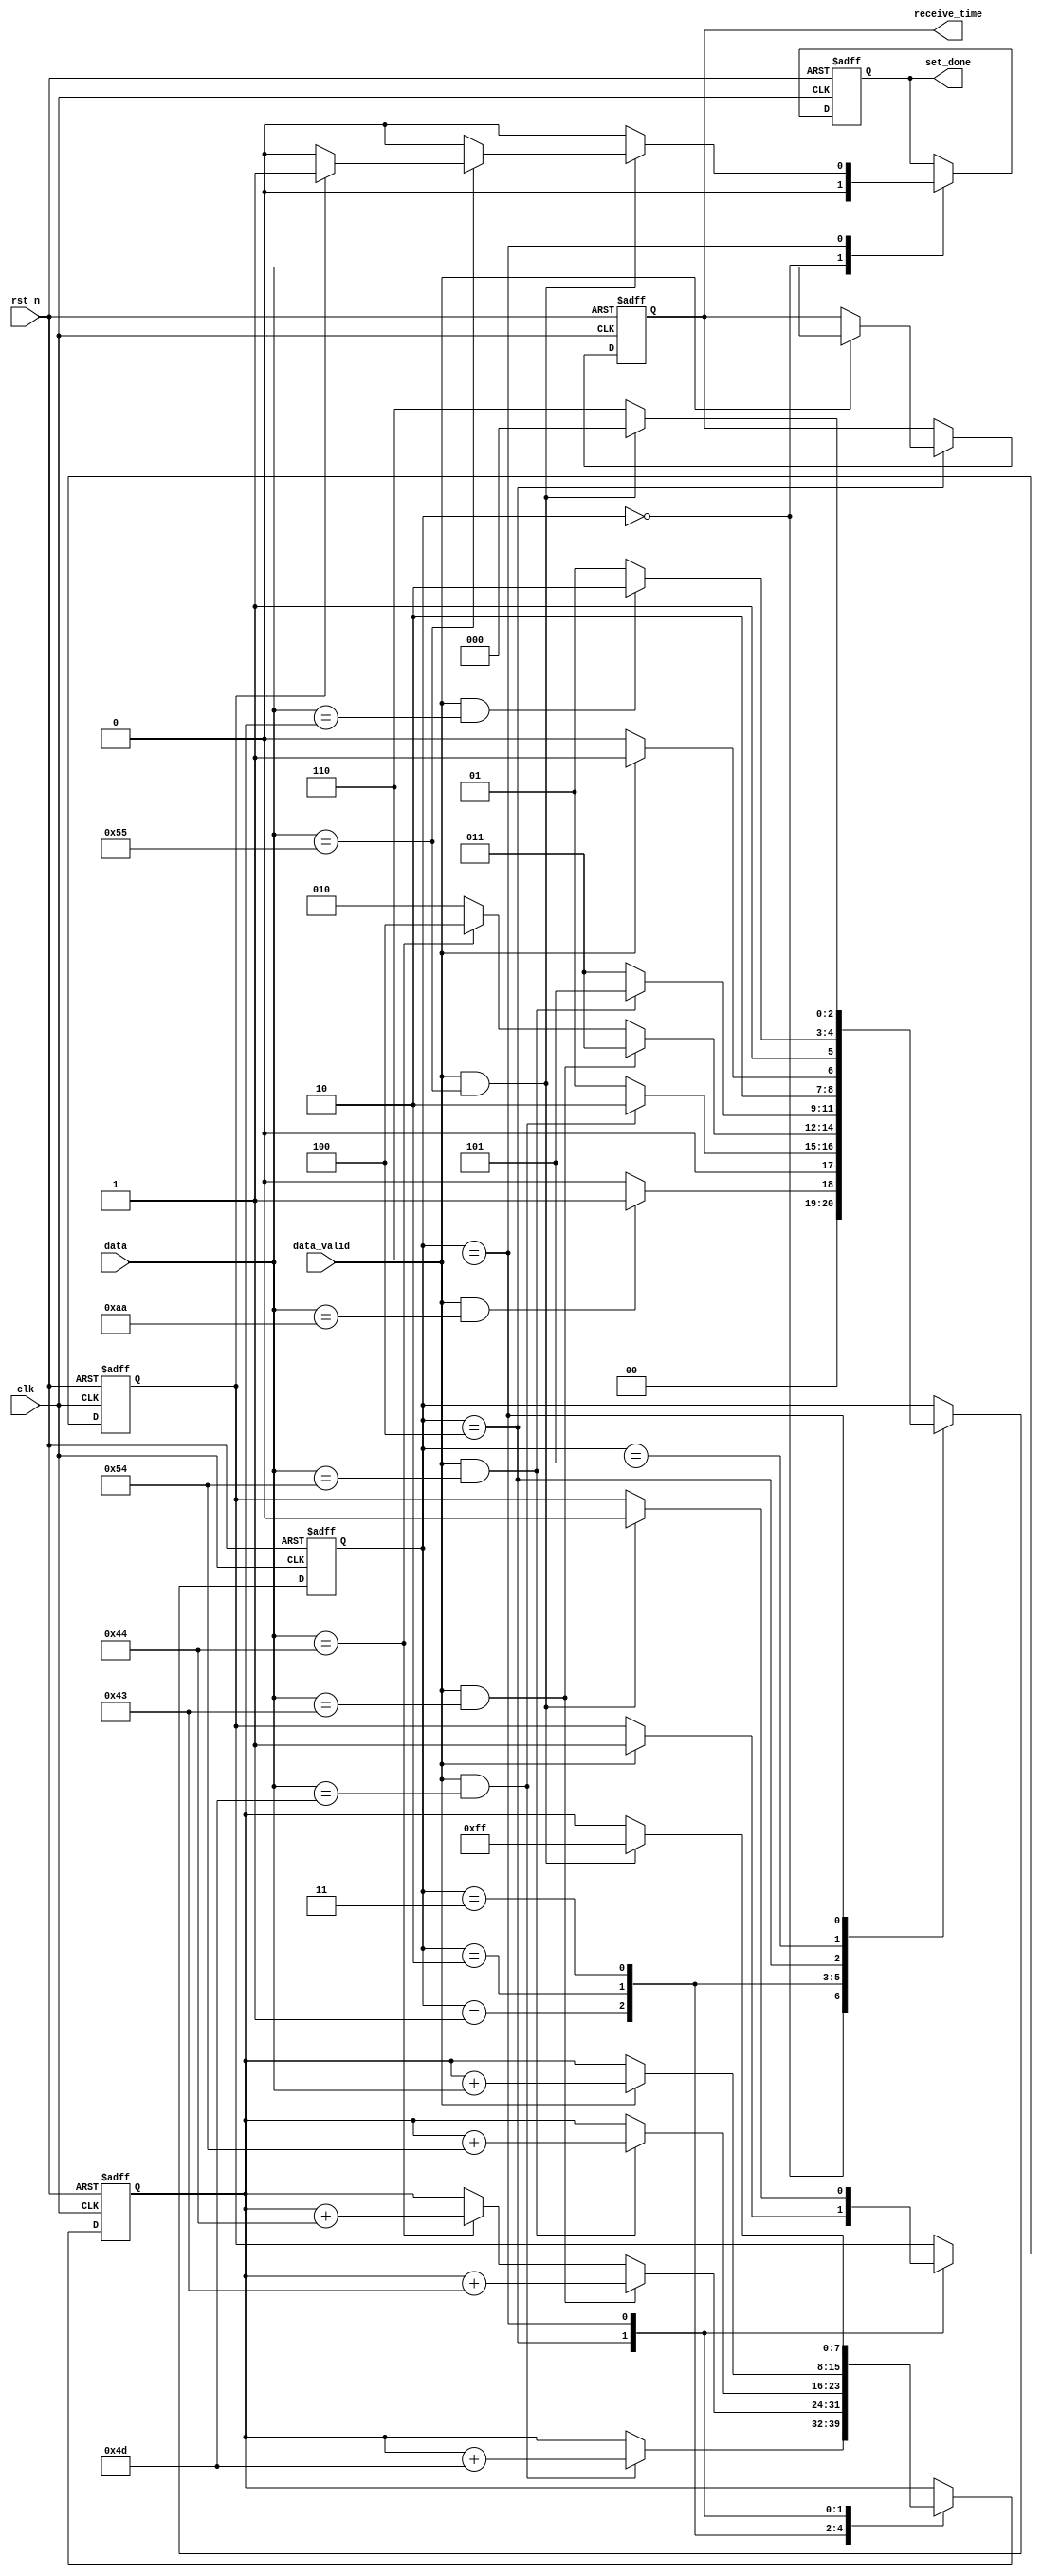
module decoder(
	
	input 	wire 						clk,
	input 	wire 						rst_n,
	input 	wire 						data_valid,
	input 	wire 		[7:0]			data,
	
	output 	reg 		[7:0]			receive_time,			//
	output 	reg 						set_done				//
);
	
	parameter 	START	=	8'b1010_1010;
	parameter 	M		=	8'd77;
	parameter 	C		= 	8'd67;
	parameter 	D		= 	8'd68;
	parameter 	T		= 	8'd84;
	parameter 	STOP	= 	8'b0101_0101;
	
	reg 		[2:0]		state;
	reg 		[7:0]		sum;
	reg 					flag;
	
	always @ (posedge clk, negedge rst_n)
	begin
		if(rst_n == 1'b0)
			begin
				state <= 3'd0;
				sum <= START + STOP;
				set_done <= 1'b0;
				receive_time <= 8'd0;
				flag <= 1'b0;
			end
		else
			case(state)
				3'd0	:	begin
								set_done <= 1'b0;
								if(data_valid && (data == START))
									state <= 3'd1;
								else
									state <= 3'd0;
							end
				3'd1	:	begin
								if(data_valid && (data == M))
									begin
										state <= 3'd2;
										sum <= sum + M;
									end
								else
									begin
										state <= 3'd1;
										sum <= sum;
									end
							end
				3'd2	:	begin
								if(data_valid && (data == C))
									begin
										state <= 3'd3;
										sum <= sum + C;
									end
								else if(data == D)
									begin
										state <= 3'd4;
										sum <= sum + D;
									end	
								else
									begin
										state <= 3'd2;
										sum <= sum;
									end
							end
				3'd3	:	begin
								if(data_valid && (data == T))
									begin
										state <= 3'd5;
										sum <= sum + T;
									end
								else
									begin
										state <= 3'd3;
										sum <= sum;
									end
							end
				3'd4	:	begin
								if(data_valid)	
									begin
										state <= 3'd5;
										sum <= sum + data;
										receive_time <= data;
										flag <= 1'b1;
									end
								else
									begin
										state <= 3'd4;
										sum <= sum;
										receive_time <= receive_time;
										flag <= flag;
									end
							end
				3'd5	:	begin
								if(data_valid && (data == sum))
									state <= 3'd6;
								else
									begin
										state <= 3'd5;
										sum <= sum;
									end
							end
				3'd6	:	begin
								if(data_valid && (data == STOP))
									begin
										if(data == STOP)
											begin
												state <= 3'd0;
												sum <= START + STOP;
												flag <= 1'b0;
												if(flag)
													set_done <= 1'b1;
												else
													set_done <= 1'b0;
											end
										else
											begin
												set_done <= 1'b0;
												state <= 3'd0;
												flag <= 1'b0;
												sum <= START + STOP;
											end
									end
								else
									begin
										state <= 3'd6;
										sum <= sum;
										flag <= flag;
										set_done <= 1'b0;
									end
							end
			endcase
	end
	
endmodule